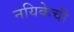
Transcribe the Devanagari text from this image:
नयिकेची